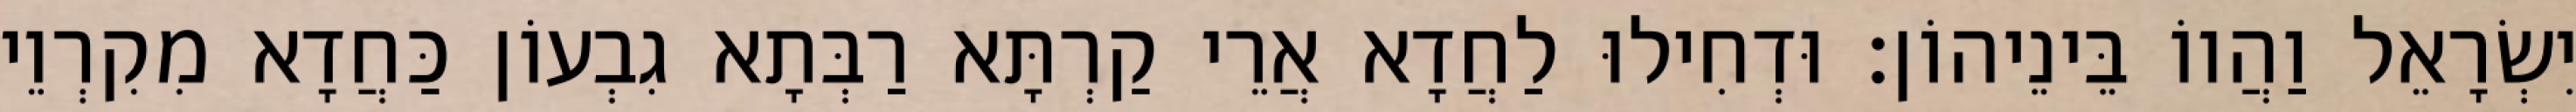
יִשְׂרָאֵל וַהֲווֹ בֵּינֵיהוֹן׃ וּדְחִילוּ לַחֲדָא אֲרֵי קַרְתָּא רַבְּתָא גִבְעוֹן כַּחֲדָא מִקִרְוֵי